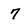
Character: 7